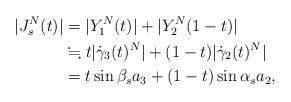
LaTeX: \begin{align*}|J_s^N(t)| &= |Y_1^{N}(t)| + |Y_2^{N}(1-t)| \\ & \fallingdotseq t|\dot\gamma_3(t)^N|+ (1-t)|\dot\gamma_2(t)^N| \\ &=t \sin \beta_s a_3 + (1-t)\sin\alpha_s a_2, \end{align*}